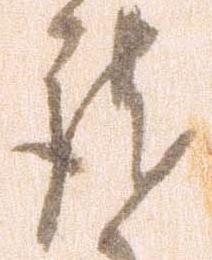
謹